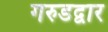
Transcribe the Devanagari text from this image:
गरुडद्वार